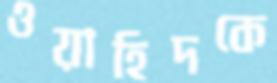
ওয়াহিদকে